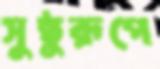
সুষ্ঠুরূপে